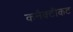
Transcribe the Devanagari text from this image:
कनैक्टीकट